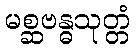
မစ္ဆဗန္ဓသုတ္တံ